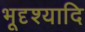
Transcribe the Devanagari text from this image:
भूदृश्यादि